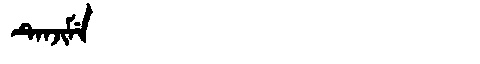
Manchu: ᡨᡝᠨᠵᡳᠮᡝ
Romanization: TENJIME